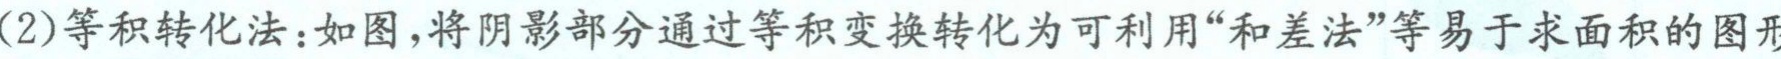
(2)等积转化法：如图，将阴影部分通过等积变换转化为可利用“和差法”等易于求面积的图形